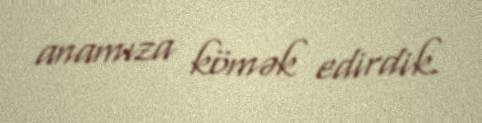
anamıza kömək edirdik.